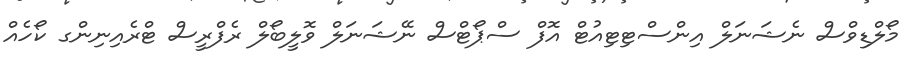
މޯލްޑިވްސް ނެޝަނަލް އިންސްޓިޓިއުޓް އޮފް ސްޕޯޓްސް ނޭޝަނަލް ވޮލީބޯލް ރެފްރީސް ޓްރެއިނިންގ ކޯހެއް